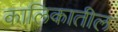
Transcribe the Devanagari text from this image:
कालिकातील